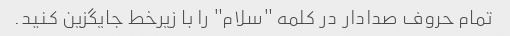
تمام حروف صدادار در کلمه "سلام" را با زیرخط جایگزین کنید.